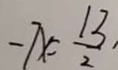
- 7 x = \frac { 1 3 } { 2 }